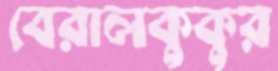
বেরালকুকুর